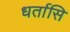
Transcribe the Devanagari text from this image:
धर्तासि